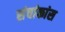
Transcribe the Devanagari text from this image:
संचांकांस